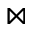
\bowtie